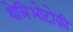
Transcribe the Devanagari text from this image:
थेलिओटोकी